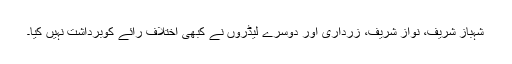
شہباز شریف، نواز شریف، زرداری اور دوسرے لیڈروں نے کبھی اختلافِ رائے کوبرداشت نہیں کیا۔